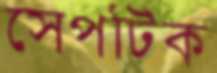
সেপটিক